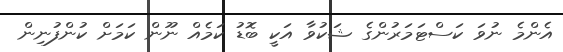
އެންމެ ނުވަ ކަސްޓަމަރުންގެ ޝަކުވާ އަކީ ބޮޑު ކަމެއް ނޫން ކަމަށް ކުންފުނިން